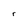
Character: r